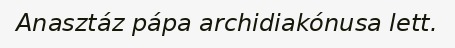
Anasztáz pápa archidiakónusa lett.